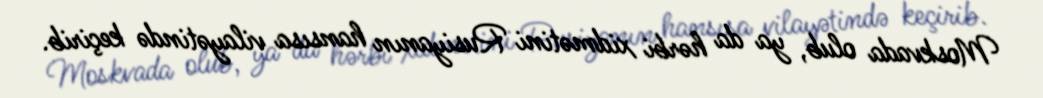
Moskvada olub, ya da hərbi xidmətini Rusiyanın hansısa vilayətində keçirib.